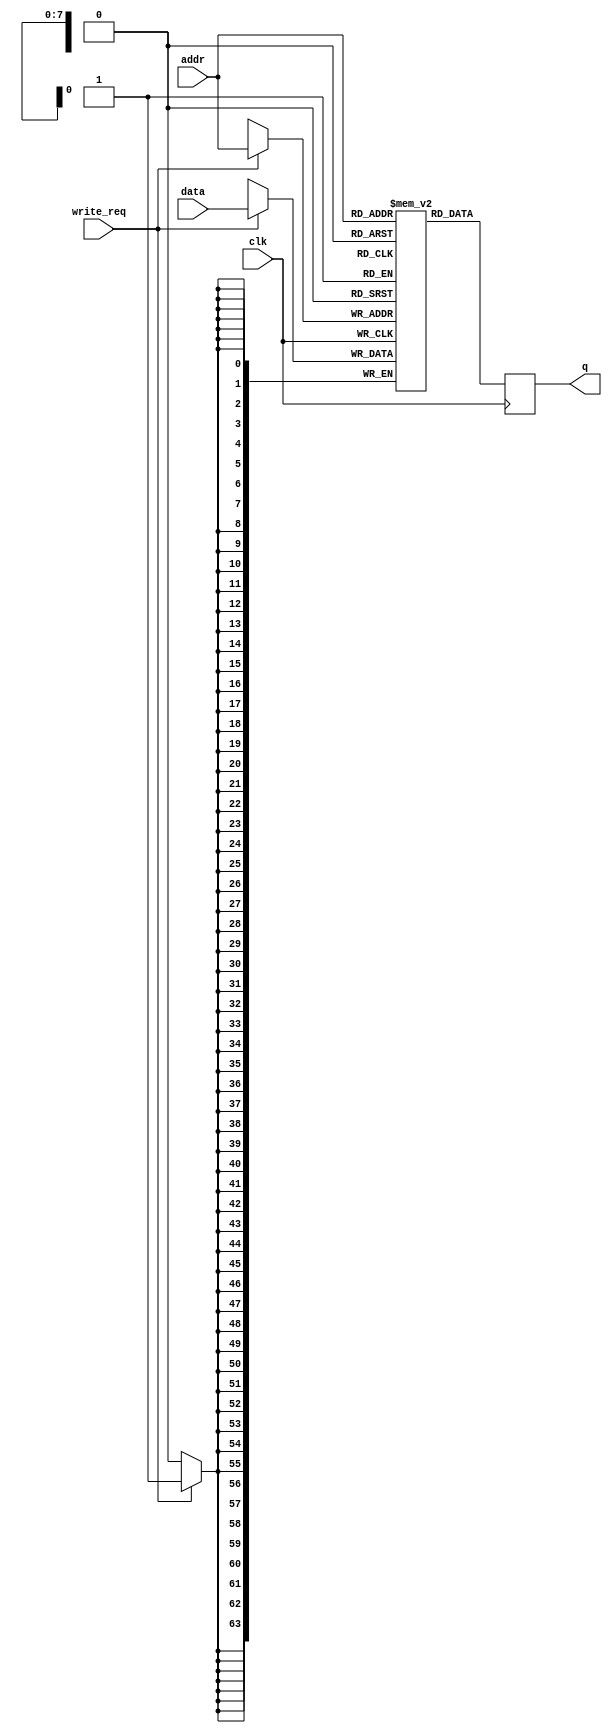
module sram_wrapper #(
	parameter ADDR_WIDTH = 8,
	parameter DATA_WIDTH = 64
) (
	input clk,    // Clock

	input [ADDR_WIDTH - 1:0] addr,
	input [DATA_WIDTH - 1:0] data,
	input write_req,

	output reg[DATA_WIDTH - 1:0] q
);

reg [DATA_WIDTH - 1:0] ram [2 ** ADDR_WIDTH - 1:0];
always @ (posedge clk) begin
	if(write_req) begin
		ram[addr] <= data;
	end
end

always @ (posedge clk) begin
	q <= ram[addr];
	// q <= {(DATA_WIDTH - ADDR_WIDTH)'(0),addr}; // for test
end

endmodule